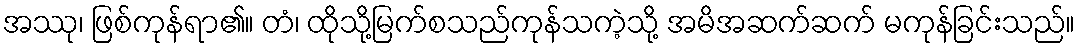
အဿု၊ ဖြစ်ကုန်ရာ၏။ တံ၊ ထိုသို့မြက်စသည်ကုန်သကဲ့သို့ အမိအဆက်ဆက် မကုန်ခြင်းသည်။